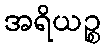
အရိယဉ္စ